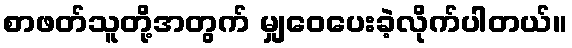
စာဖတ်သူတို့အတွက် မျှဝေပေးခဲ့လိုက်ပါတယ်။